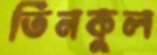
তিনকুল